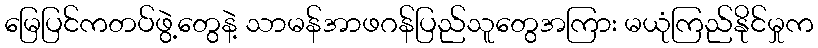
မြေပြင်ကတပ်ဖွဲ့တွေနဲ့ သာမန်အာဖဂန်ပြည်သူတွေအကြား မယုံကြည်နိုင်မှုက